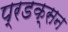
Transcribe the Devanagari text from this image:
प्रडक्सन